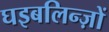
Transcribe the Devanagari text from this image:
घइबलिन्ज़ों